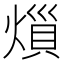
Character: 𪹟